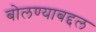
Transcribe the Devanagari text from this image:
बोलण्याबद्दल